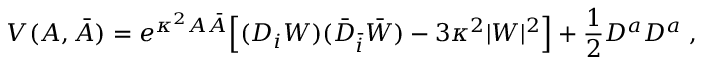
V ( A , \bar { A } ) = e ^ { \kappa ^ { 2 } A \bar { A } } \Big [ ( D _ { i } W ) ( \bar { D } _ { \bar { i } } \bar { W } ) - 3 \kappa ^ { 2 } | W | ^ { 2 } \Big ] + \frac 1 2 D ^ { a } D ^ { a } \ ,